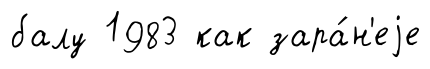
балу 1983 как зара́н'еjе